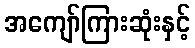
အကျော်ကြားဆုံးနှင့်